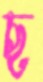
ছ